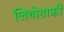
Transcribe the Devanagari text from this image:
लिथोग्राफ़ी